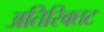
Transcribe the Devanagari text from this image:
अतिरिक्तट